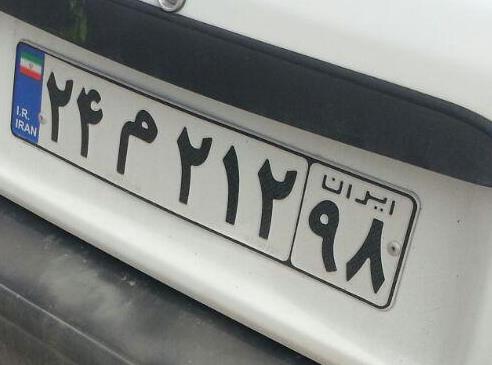
۲۴م۲۱۲۹۸